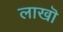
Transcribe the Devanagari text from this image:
लाखॊ